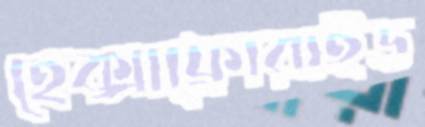
হেক্সাফ্লোরাইড